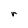
Character: r